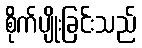
စိုက်ပျိုးခြင်းသည်